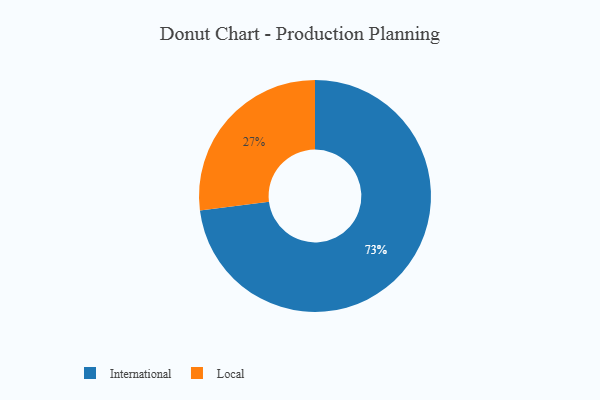
{"axis": {"x": "Category", "y": "Percentage"}, "legend": ["International", "Local"], "data": [{"x": "Local", "y": 27, "type": "Local"}, {"x": "International", "y": 73, "type": "International"}]}